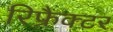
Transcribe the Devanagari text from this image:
रिफ्रैक्टर